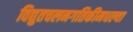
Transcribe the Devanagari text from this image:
विद्युतचलनगतिकीमधल्या